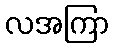
လအကြာ